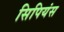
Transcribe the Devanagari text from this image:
सिपियंस